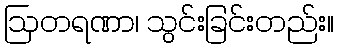
ဩတရဏာ၊ သွင်းခြင်းတည်း။